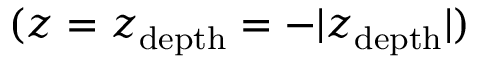
( z = z _ { \mathrm { d e p t h } } = - \vert z _ { \mathrm { d e p t h } } \vert )